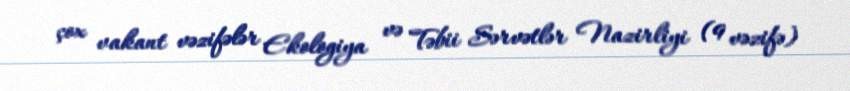
çox vakant vəzifələr Ekologiya və Təbii Sərvətlər Nazirliyi (9 vəzifə)